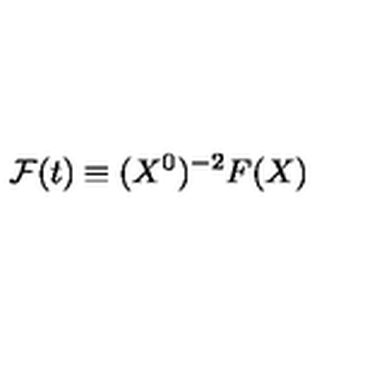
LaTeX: { \cal F } ( t ) \equiv ( X ^ { 0 } ) ^ { - 2 } F ( X )